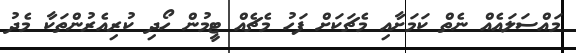
މައްސަލައެއް ނެތް ކަމަށާއި މެޗަކަށް ފަހު މެޗެއް ޓީމުން ހޯދި ކުރިއެރުންތަކާ މެދު